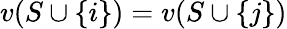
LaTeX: v(S\cup\{ i\} )=v(S\cup\{ j\} )